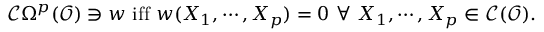
{ \mathcal { C } } \Omega ^ { p } ( { \mathcal { O } } ) \ni w { \mathrm { ~ i f f ~ } } w ( X _ { 1 } , \cdots , X _ { p } ) = 0 ~ \forall ~ X _ { 1 } , \cdots , X _ { p } \in { \mathcal { C } } ( { \mathcal { O } } ) .